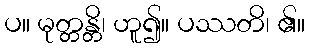
ပ။ မုတ္တန္တိ၊ ဟူ၍။ ပဿတိ၊ ၏။